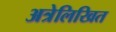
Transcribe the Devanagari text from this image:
अत्रेलिखित